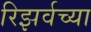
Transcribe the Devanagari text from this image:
रिझर्वच्या